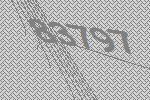
83797